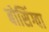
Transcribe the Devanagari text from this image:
बोसिंग्वा